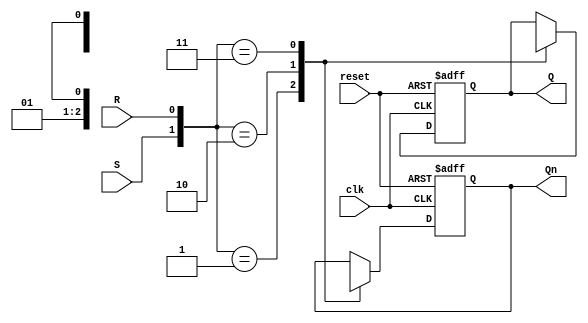
`timescale 1ns/1ps
module sr_flip_flop (
    input S,
    input R,
    input clk,
    input reset,
    output reg Q,
    output reg Qn
);

always @(posedge clk or posedge reset) begin
    if (reset) begin
        Q <= 0;
        Qn <= 1;
    end else begin
        case ({S, R})
            2'b00: ;            // No change
            2'b01: begin        // Reset
                Q <= 0;
                Qn <= 1;
            end
            2'b10: begin        // Set
                Q <= 1;
                Qn <= 0;
            end
            2'b11: begin        
                Q <= 1'bx;
                Qn <= 1'bx;
            end
        endcase
    end
end

endmodule